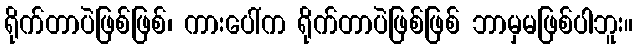
ရိုက်တာပဲဖြစ်ဖြစ်၊ ကားပေါ်က ရိုက်တာပဲဖြစ်ဖြစ် ဘာမှမဖြစ်ပါဘူး။